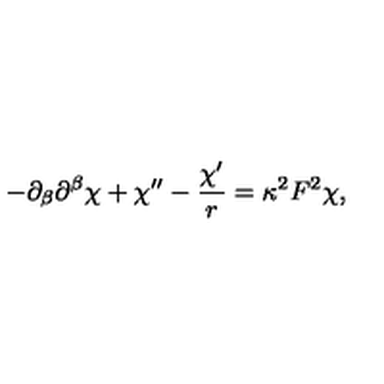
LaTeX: - \partial _ { \beta } \partial ^ { \beta } \chi + \chi ^ { \prime \prime } - \frac { \chi ^ { \prime } } { r } = \kappa ^ { 2 } F ^ { 2 } \chi ,